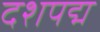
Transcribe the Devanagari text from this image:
दशपद्म